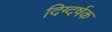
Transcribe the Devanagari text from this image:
दिग्दर्षक